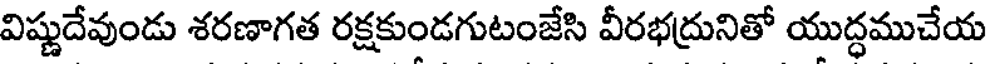
విష్ణుదేవుండు శరణాగత రక్షకుండగుటంజేసి వీరభద్రునితో యుద్ధముచేయ